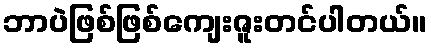
ဘာပဲဖြစ်ဖြစ်ကျေးဇူးတင်ပါတယ်။